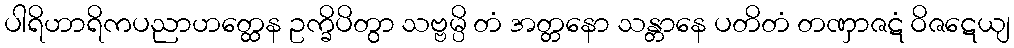
ပါရိဟာရိကပညာဟတ္ထေန ဥက္ခိပိတွာ သဗ္ဗမ္ပိ တံ အတ္တနော သန္တာနေ ပတိတံ တဏှာဇဋံ ဝိဇဋေယျ